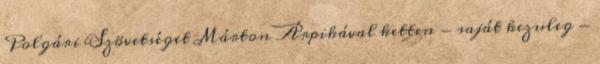
Polgári Szövetséget Márton Árpikával ketten - saját kezuleg -